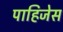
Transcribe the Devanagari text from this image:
पाहिजेस